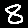
Digit: 8